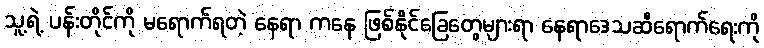
သူ့ရဲ့ ပန်းတိုင်ကို မရောက်ရတဲ့ နေရာ ကနေ ဖြစ်နိုင်ခြေတွေများရာ နေရာဒေသဆီရောက်ရေးကို